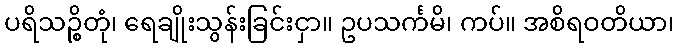
ပရိသဉ္စိတုံ၊ ရေချိုးသွန်းခြင်းငှာ။ ဥပသင်္ကမိ၊ ကပ်။ အစိရဝတိယာ၊